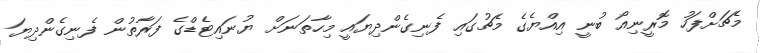
މެޗަށްފަހު މޮރީނިއޯ ބުނީ އިއްޔެގެ މެޗުގައި ފެނިގެންދިޔައީ މިހާތަނަށް ޔުނައިޓެޑްގެ ފަރާތުން ފެނިގެންދިޔަ